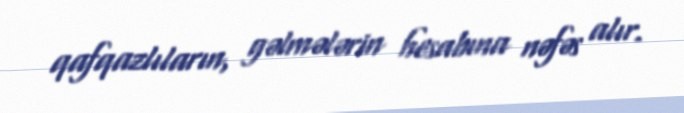
qafqazlıların, gəlmələrin hesabına nəfəs alır.